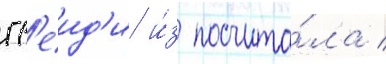
гр'еид'и и́з посчита́ла /